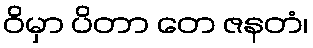
ဝိမှာ ပိတာ တေ ဇနတံ၊